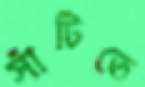
সাঁটিতে